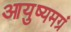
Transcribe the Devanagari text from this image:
आयुष्यमग्रं